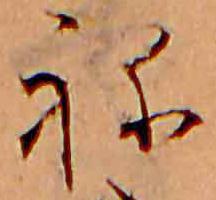
ね